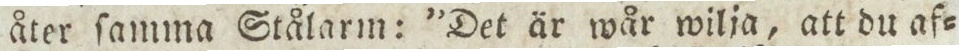
åter ſamma Stålarm: ”Det är wår wilja, att du af=